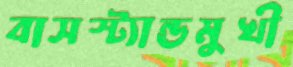
বাসস্ট্যান্ডমুখী